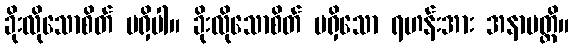
ခိုးလိုသောစိတ် မရှိပါ။ ခိုးလိုသောစိတ် မရှိသော ရဟန်းအား အနာပတ္တိ။